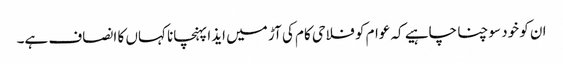
ان کو خود سوچنا چاہیے کہ عوام کو فلاحی کام کی آڑ میں ایذا پہنچانا کہاں کا انصاف ہے۔